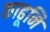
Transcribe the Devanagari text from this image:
काढूनि